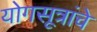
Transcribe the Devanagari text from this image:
योगसूत्रांचे